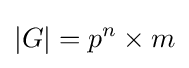
|G|=p^{n}\times m